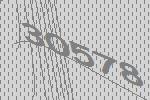
30578